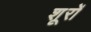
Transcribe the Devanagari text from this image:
शूरों